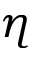
\eta